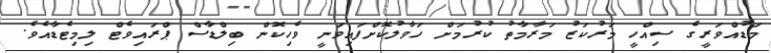
މަޑުއްވަރީގެ ސިއްހީ މަރުކަޒު މަރާމާތު ކުރުމަށް ހަވާލުކޮށްފައިވަނީ ވެހިކޮން ބިލްޑާސް ޕްރައިވެޓް ލިމިޓެޑާއެވެ.